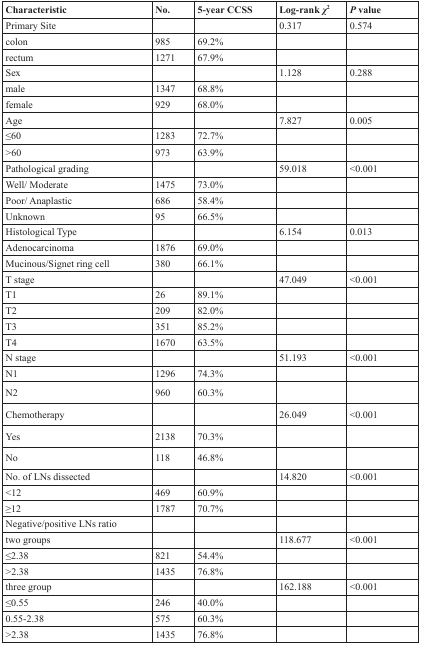
<table><thead><tr><td><b>Characteristic</b></td><td><b>No.</b></td><td><b>5-year CCSS</b></td><td><b>Log-rank <i>χ</i><sup>2</sup></b></td><td><b><i>P</i> value</b></td></tr></thead><tbody><tr><td>Primary Site</td><td></td><td></td><td>0.317</td><td>0.574</td></tr><tr><td>colon</td><td>985</td><td>69.2%</td><td></td><td></td></tr><tr><td>rectum</td><td>1271</td><td>67.9%</td><td></td><td></td></tr><tr><td>Sex</td><td></td><td></td><td>1.128</td><td>0.288</td></tr><tr><td>male</td><td>1347</td><td>68.8%</td><td></td><td></td></tr><tr><td>female</td><td>929</td><td>68.0%</td><td></td><td></td></tr><tr><td>Age</td><td></td><td></td><td>7.827</td><td>0.005</td></tr><tr><td>≤60</td><td>1283</td><td>72.7%</td><td></td><td></td></tr><tr><td>&gt;60</td><td>973</td><td>63.9%</td><td></td><td></td></tr><tr><td>Pathological grading</td><td></td><td></td><td>59.018</td><td>&lt;0.001</td></tr><tr><td>Well/Moderate</td><td>1475</td><td>73.0%</td><td></td><td></td></tr><tr><td>Poor/Anaplastic</td><td>686</td><td>58.4%</td><td></td><td></td></tr><tr><td>Unknown</td><td>95</td><td>66.5%</td><td></td><td></td></tr><tr><td>Histological Type</td><td></td><td></td><td>6.154</td><td>0.013</td></tr><tr><td>Adenocarcinoma</td><td>1876</td><td>69.0%</td><td></td><td></td></tr><tr><td>Mucinous/Signet ring cell</td><td>380</td><td>66.1%</td><td></td><td></td></tr><tr><td>T stage</td><td></td><td></td><td>47.049</td><td>&lt;0.001</td></tr><tr><td>T1</td><td>26</td><td>89.1%</td><td></td><td></td></tr><tr><td>T2</td><td>209</td><td>82.0%</td><td></td><td></td></tr><tr><td>T3</td><td>351</td><td>85.2%</td><td></td><td></td></tr><tr><td>T4</td><td>1670</td><td>63.5%</td><td></td><td></td></tr><tr><td>N stage</td><td></td><td></td><td>51.193</td><td>&lt;0.001</td></tr><tr><td>N1</td><td>1296</td><td>74.3%</td><td></td><td></td></tr><tr><td>N2</td><td>960</td><td>60.3%</td><td></td><td></td></tr><tr><td>Chemotherapy</td><td></td><td></td><td>26.049</td><td>&lt;0.001</td></tr><tr><td>Yes</td><td>2138</td><td>70.3%</td><td></td><td></td></tr><tr><td>No</td><td>118</td><td>46.8%</td><td></td><td></td></tr><tr><td>No. of LNs dissected</td><td></td><td></td><td>14.820</td><td>&lt;0.001</td></tr><tr><td>&lt;12</td><td>469</td><td>60.9%</td><td></td><td></td></tr><tr><td>≥12</td><td>1787</td><td>70.7%</td><td></td><td></td></tr><tr><td>Negative/positive LNs ratio</td><td></td><td></td><td></td><td></td></tr><tr><td>two groups</td><td></td><td></td><td>118.677</td><td>&lt;0.001</td></tr><tr><td>≤2.38</td><td>821</td><td>54.4%</td><td></td><td></td></tr><tr><td>&gt;2.38</td><td>1435</td><td>76.8%</td><td></td><td></td></tr><tr><td>three group</td><td></td><td></td><td>162.188</td><td>&lt;0.001</td></tr><tr><td>≤0.55</td><td>246</td><td>40.0%</td><td></td><td></td></tr><tr><td>0.55-2.38</td><td>575</td><td>60.3%</td><td></td><td></td></tr><tr><td>&gt;2.38</td><td>1435</td><td>76.8%</td><td></td><td></td></tr></tbody></table>